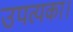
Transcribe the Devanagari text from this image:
उपत्यका।